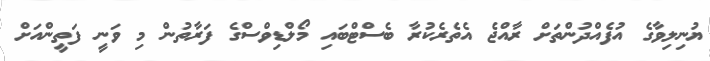
ޔުނިލިވާގެ އުފެއްދުންތަށް ރާއްޖެ އެތެރެކުރާ ބެސްޓްބައި މޯލްޑިވްސްގެ ފަރާތުން މި ވަނީ ފަތީންއަށް